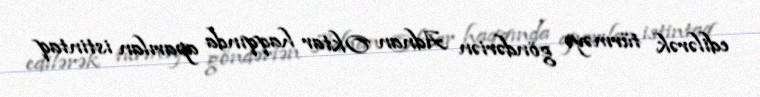
edilərək türməyə göndəriən Adnan Oktar haqqında aparılan istintaq